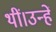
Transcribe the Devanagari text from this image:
थीं।उन्हें